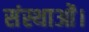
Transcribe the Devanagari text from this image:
संस्थाओं।